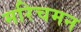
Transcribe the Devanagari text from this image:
मरिचमन